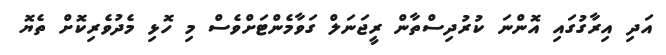
އަދި އިރާގުގައި އޮންނަ ކުރުދިސްތާން ރީޖަނަލް ގަވާމެންޓަށްވެސް މި ހޮޅި މެދުވެރިކޮށް ތެޔޮ